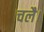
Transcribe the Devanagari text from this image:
चलै।